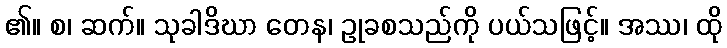
၏။ စ၊ ဆက်။ သုခါဒိဃာ တေန၊ ဥုခစသည်ကို ပယ်သဖြင့်။ အဿ၊ ထို